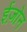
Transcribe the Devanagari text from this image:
ईज़ोन